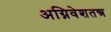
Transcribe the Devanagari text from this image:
अग्निवेशतन्त्र